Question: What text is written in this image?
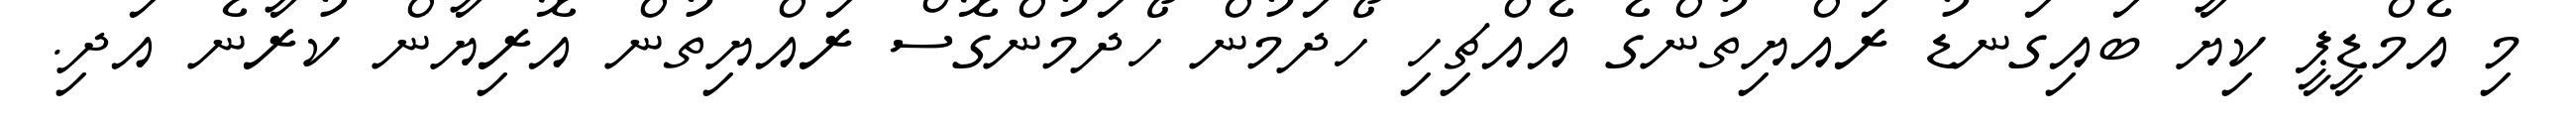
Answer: މި އެމްޑީޕީ ކިޔާ ބައިގަނޑު ރައްޔިތުންގެ އެއްޗިހި ހޯދަމުން ހޯދަމުންގޮސް ރައްޔިތުން އޮރިޔާން ކުރާނެ އަދި.